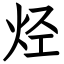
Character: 烃